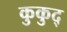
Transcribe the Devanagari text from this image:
कुकुद्